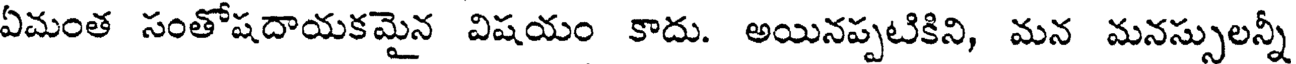
ఏమంత సంతోషదాయకమైన విషయం కాదు. అయినప్పటికిని, మన మనస్సులన్నీ